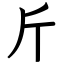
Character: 斤